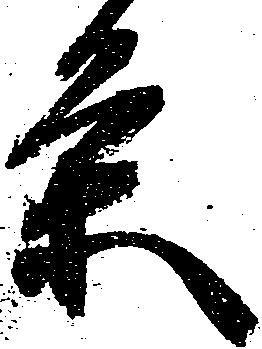
条